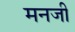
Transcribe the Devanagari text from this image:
मनजी